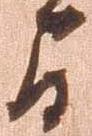
間